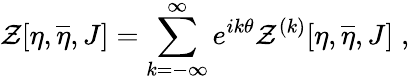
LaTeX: \mathcal{Z}[\eta,\overline{{{{\eta}}}},J]=\sum_{k=-\infty}^{\infty}e^{ik\theta}\mathcal{Z}^{(k)}[\eta,\overline{{{{\eta}}}},J]\; ,